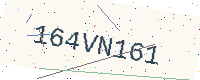
Text: 164VN161